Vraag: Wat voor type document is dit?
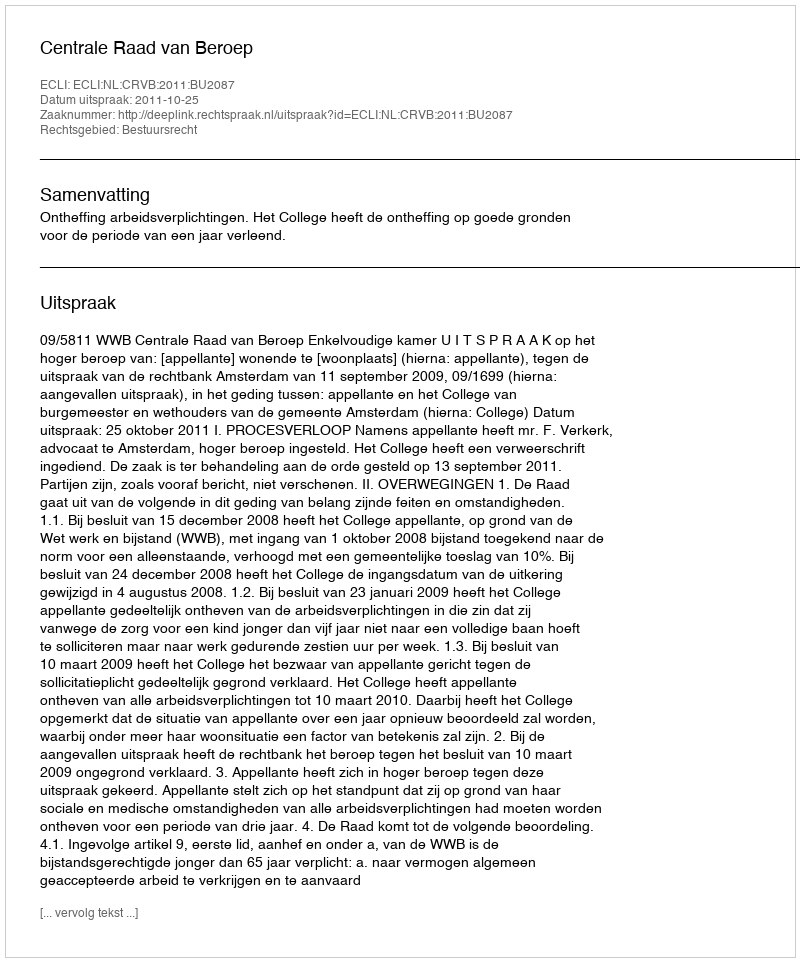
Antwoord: Uitspraak